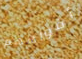
أفواههم